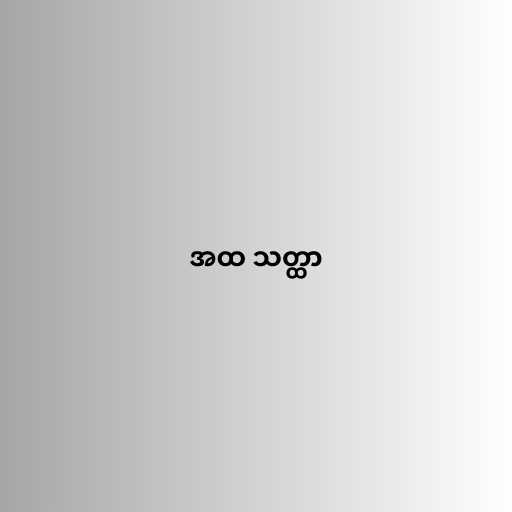
အထ သတ္ထာ